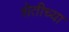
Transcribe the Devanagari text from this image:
शेतीच्‍या